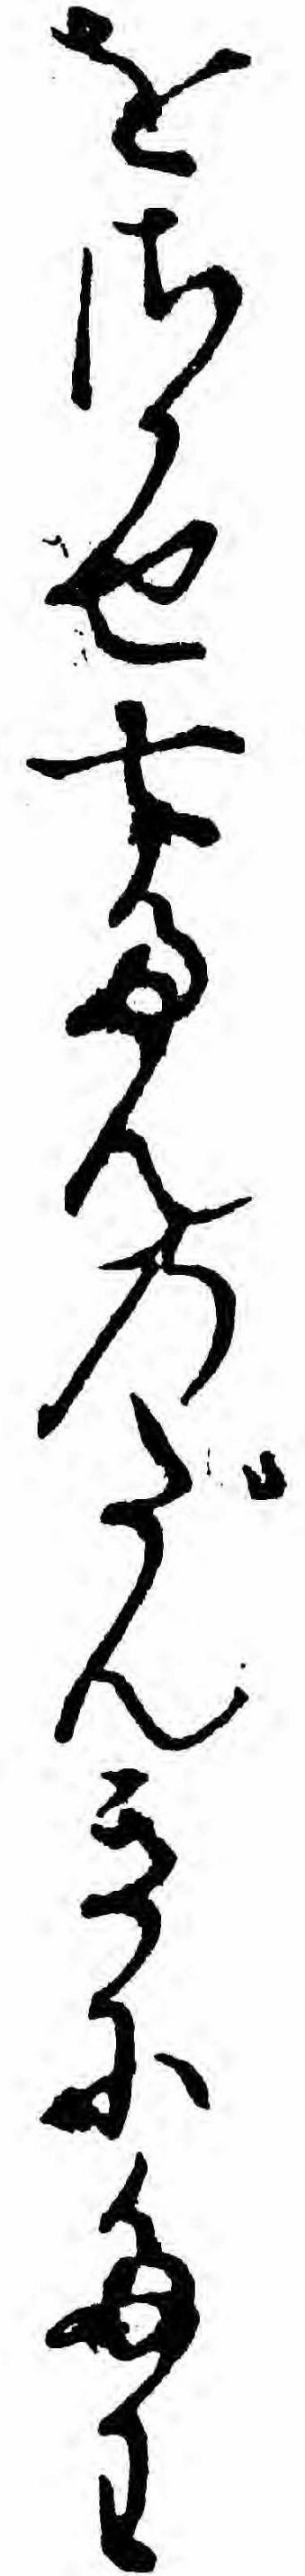
をさかせ七たんのだんきにたわ